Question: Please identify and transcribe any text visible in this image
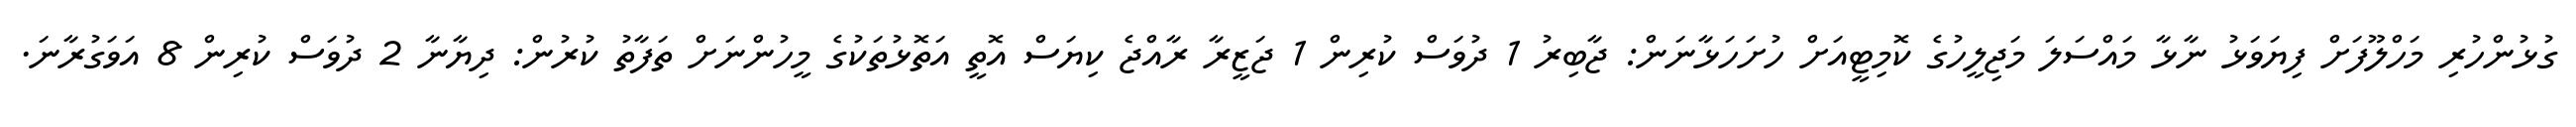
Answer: ގުޅުންހުރި މަހްލޫފަށް ފިޔަވަޅު ނާޅާ މައްސަލަ މަޖިލީހުގެ ކޮމިޓީއަށް ހުށަހަޅާނަން: ޖާބިރު 1 ދުވަސް ކުރިން 1 ޖަޒީރާ ރާއްޖެ ކިޔަސް އޮތީ އަތޮޅުތަކުގެ މީހުންނަށް ތަފާތު ކުރުން: ދިޔާނާ 2 ދުވަސް ކުރިން 8 އަވަގުރާނަ.